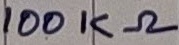
Text: 100KΩ